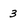
Character: 3